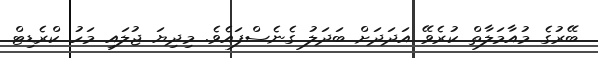
ބޭރުގެ މުއާމަލާތް ކުރެވޭ އަދަދަށް ބަދަލު ގެނެސްފައެވެ. މިދިޔަ ޖުލައި މަހު ކްރެޑިޓް